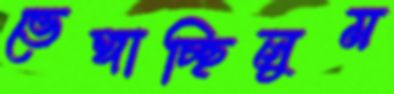
ভেঙ্গাচ্ছিলুম